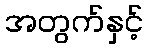
အတွက်နှင့်